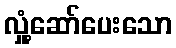
လှုံ့ဆော်ပေးသော